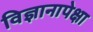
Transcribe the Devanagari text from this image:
विज्ञानापेक्षा